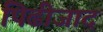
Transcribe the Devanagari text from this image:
पिढीजाद